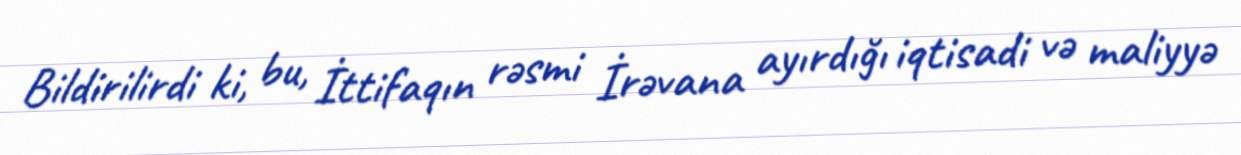
Bildirilirdi ki, bu, İttifaqın rəsmi İrəvana ayırdığı iqtisadi və maliyyə